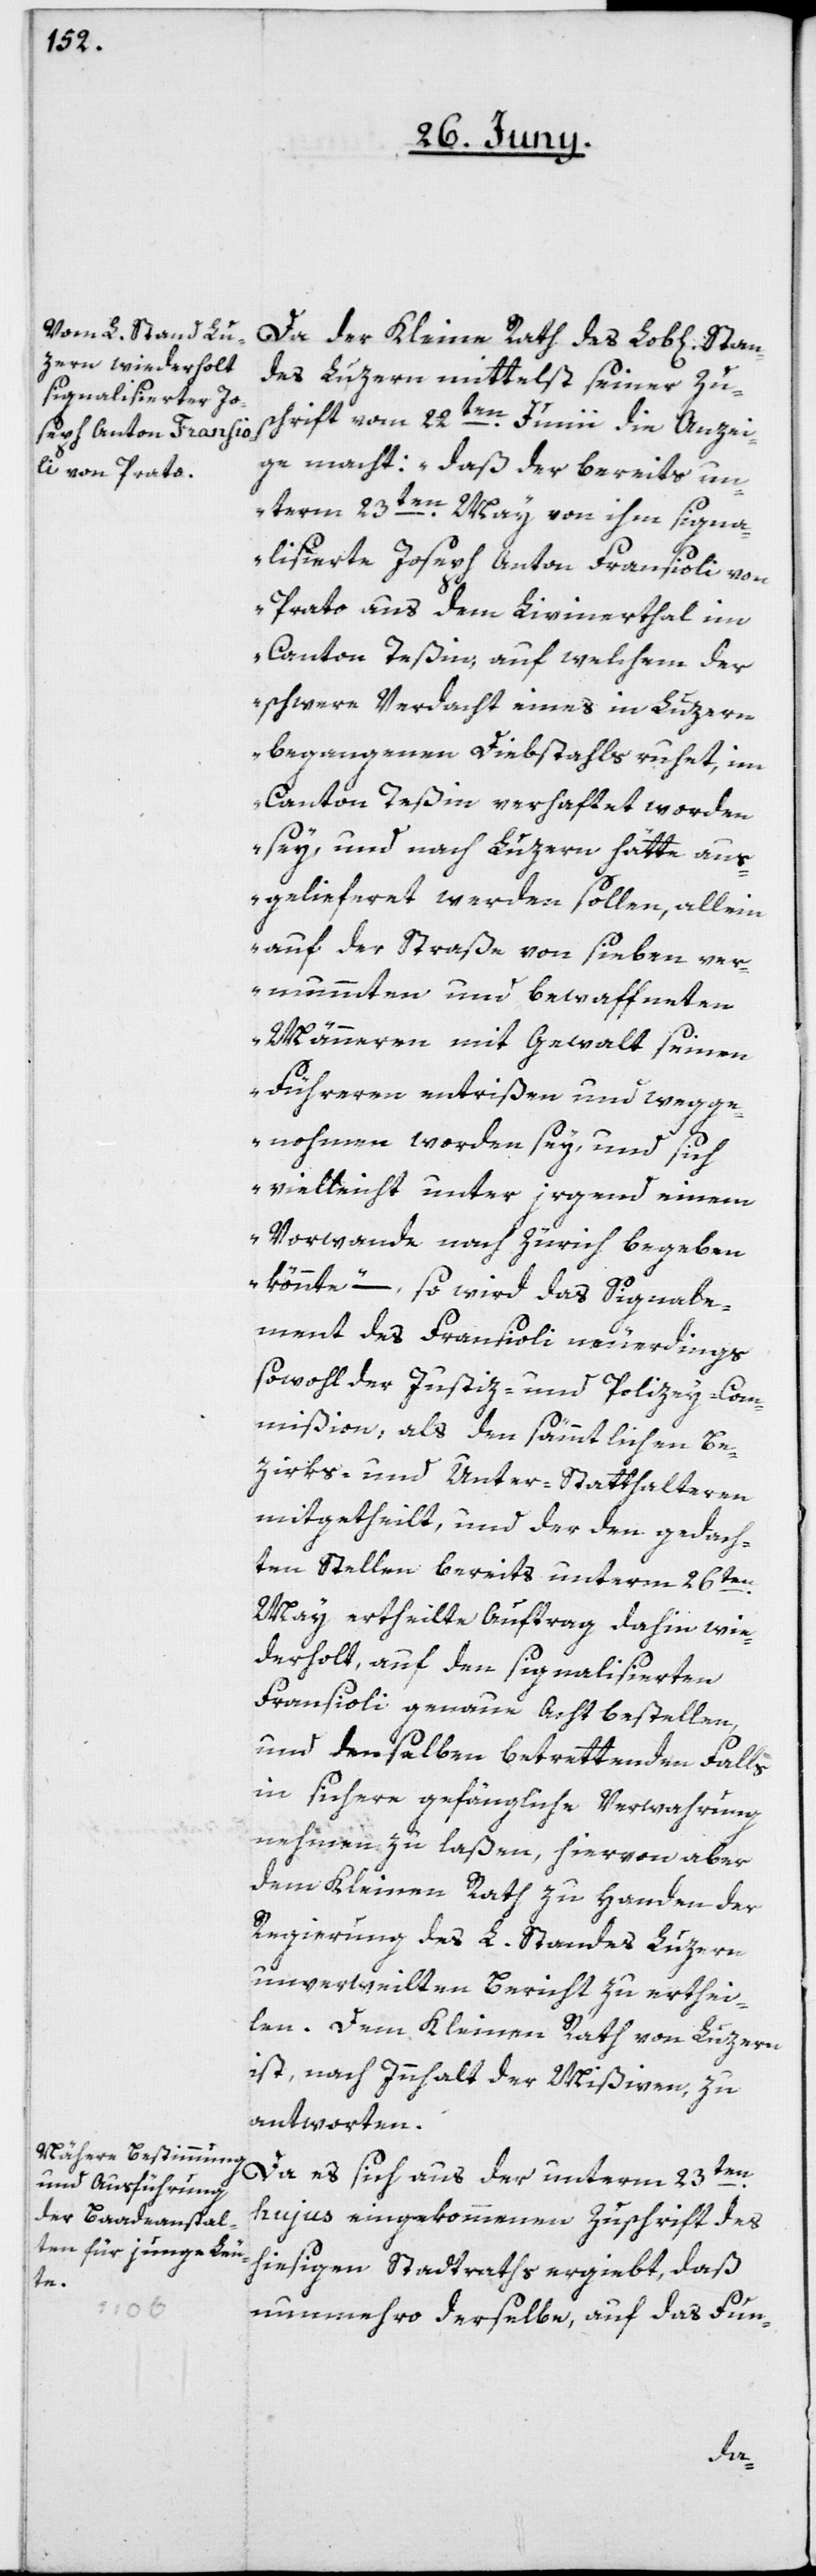
Da der Kleine Rath des Lob[lichen]
des Luzern mittelst seiner Zu¬
schrift vom 22ten Junii die Anzei¬
ge macht: „daß der bereits un¬
term 23ten May von ihm signa¬
lisierte Joseph Anton Fransioli von
Prato aus dem Livinerthal im
Canton Teßin, auf welchem der
schwere Verdacht eines in Luzern
begangenen Diebstahls ruhet, im
Canton Teßin verhaftet worden
sey, und nach Luzern hätte aus¬
gelieferet werden sollen, allein
auf der Straße von sieben ver¬
mummten und bewaffneten
Männern mit Gewalt seinen
Führeren entrißen und wegge¬
nohmen worden sey, und sich
vielleicht unter irgend einem
Vorwande nach Zürich begeben
könnte“, – so wird das Signale¬
ment des Fransioli neuerdings
sowohl der Justiz- und Polizey-Com¬
mißion, als den sämmtlichen Be¬
zirks- und Unter-Statthalteren
mitgetheilt, und der den gedach¬
ten Stellen bereits unterm 26ten
May ertheilte Auftrag dahin wie¬
derholt, auf den signalisierten
Fransioli genaue Acht bestellen,
und denselben betrettenden Falls
in sichere gefängliche Verwahrung
nehmen zu laßen, hiervon aber
dem Kleinen Rath zu Handen der
Regierung des L. Standes Luzern
unverweilten Bericht zu erthei¬
len. Dem kleinen Rath von Luzern
ist, nach Innhalt der Mißiven, zu
antworten.
Da es sich aus der unterm 23ten
hujus eingekommenen Zuschrift des
hiesigen Stadtraths ergiebt, daß
nunmehro derselbe, auf das Fun-
Stan¬